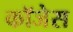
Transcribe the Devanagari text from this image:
कॉजेस